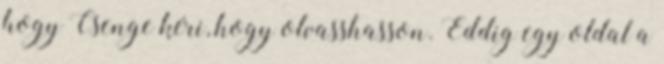
hogy Csenge kéri, hogy olvasshasson. Eddig egy oldal a